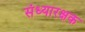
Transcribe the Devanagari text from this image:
संध्यारक्षक